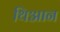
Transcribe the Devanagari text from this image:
थिआन